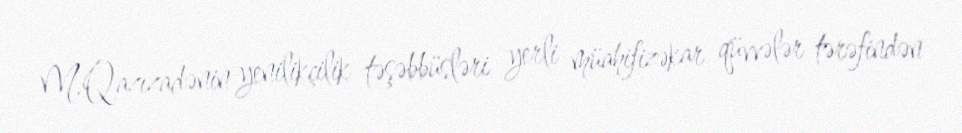
M.Qazızadənin yenilikçilik təşəbbüsləri yerli müahifizəkar qüvvələr tərəfindən